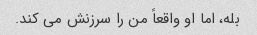
بله، اما او واقعاً من را سرزنش می کند.